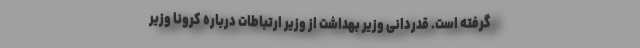
گرفته است. قدردانی وزیر بهداشت از وزیر ارتباطات درباره کرونا وزیر